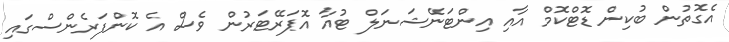
އެގޮތުން ބުކިން ޑޮޓްކޮމް އާއި އިންޓަނޭޝަނަލް ޓުއާ އޮޕަރޭޓަރުން ވެސް އެ ކޮންފަރެންސްގައި